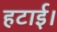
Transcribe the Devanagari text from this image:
हटाई।